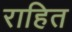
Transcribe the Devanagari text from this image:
राहित